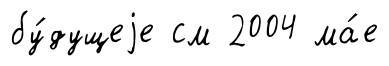
бу́дущеjе см 2004 ма́е